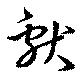
献